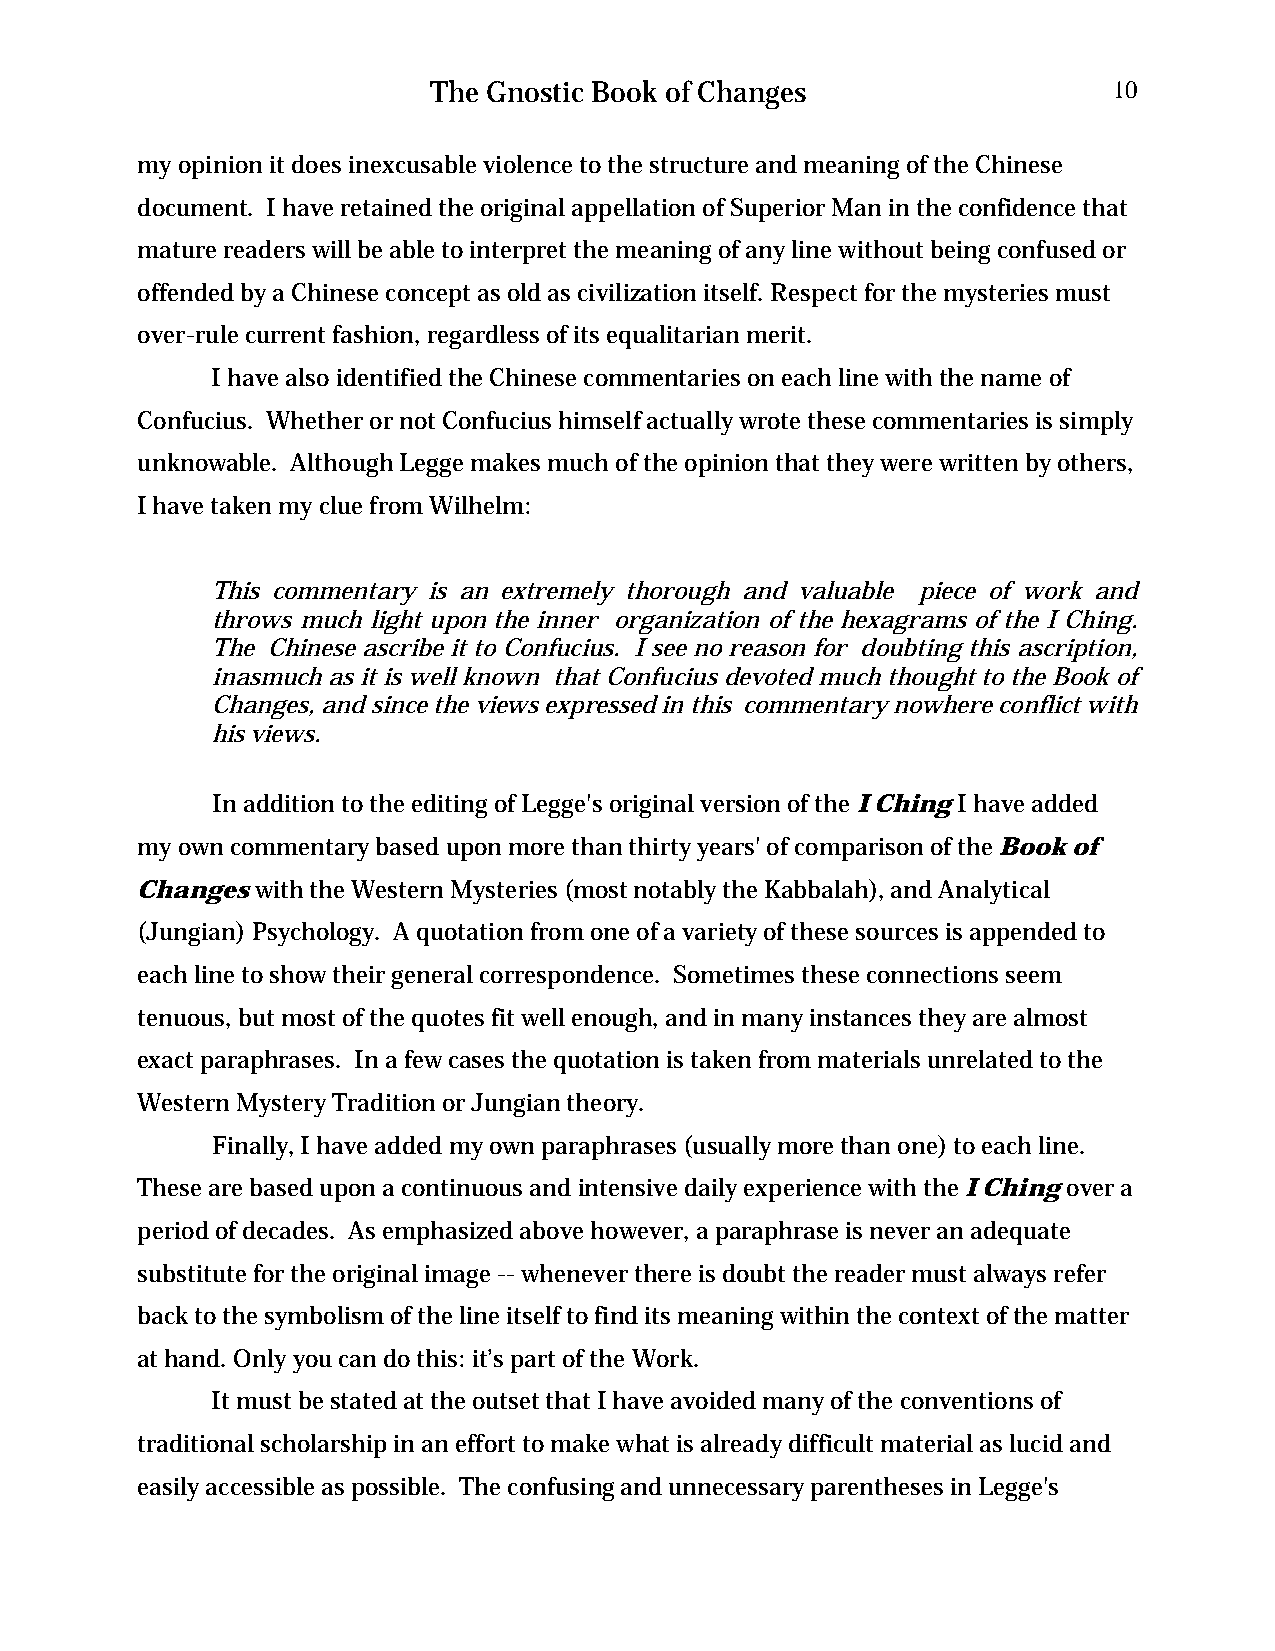
The Gnostic Book of Changes                  10
 my opinion it does inexcusable violence to the structure and meaning of the Chinese
 document. I have retained the original appellation of Superior Man in the confidence that
 mature readers will be able to interpret the meaning of any line without being confused or
 offended by a Chinese concept as old as civilization itself. Respect for the mysteries must
 over-rule current fashion, regardless of its equalitarian merit.
 I have also identified the Chinese commentaries on each line with the name of
 Confucius. Whether or not Confucius himself actually wrote these commentaries is simply
 unknowable. Although Legge makes much of the opinion that they were written by others,
 I have taken my clue from Wilhelm:
 This commentary is an extremely thorough and valuable piece of work and
 throws much light upon the inner organization of the hexagrams of the I Ching.
 The Chinese ascribe it to Confucius. I see no reason for doubting this ascription,
 inasmuch as it is well known that Confucius devoted much thought to the Book of
 Changes, and since the views expressed in this commentary nowhere conflict with
 his views.
 In addition to the editing of Legge's original version of the I Ching I have added
 my own commentary based upon more than thirty years' of comparison of the Book of
 Changes with the Western Mysteries (most notably the Kabbalah), and Analytical
 (Jungian) Psychology. A quotation from one of a variety of these sources is appended to
 each line to show their general correspondence. Sometimes these connections seem
 tenuous, but most of the quotes fit well enough, and in many instances they are almost
 exact paraphrases. In a few cases the quotation is taken from materials unrelated to the
 Western Mystery Tradition or Jungian theory.
 Finally, I have added my own paraphrases (usually more than one) to each line.
 These are based upon a continuous and intensive daily experience with the I Ching over a
 period of decades. As emphasized above however, a paraphrase is never an adequate
 substitute for the original image -- whenever there is doubt the reader must always refer
 back to the symbolism of the line itself to find its meaning within the context of the matter
 at hand. Only you can do this: it’s part of the Work.
 It must be stated at the outset that I have avoided many of the conventions of
 traditional scholarship in an effort to make what is already difficult material as lucid and
 easily accessible as possible. The confusing and unnecessary parentheses in Legge's